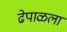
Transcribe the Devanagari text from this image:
ढेपाळला